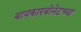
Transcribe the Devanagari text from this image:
बायकारबोनेटच्या